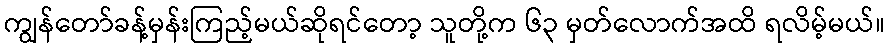
ကျွန်တော်ခန့်မှန်းကြည့်မယ်ဆိုရင်တော့ သူတို့က ၆၃ မှတ်လောက်အထိ ရလိမ့်မယ်။